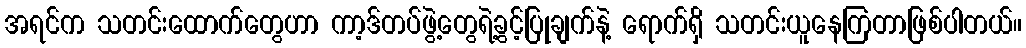
အရင်က သတင်းထောက်တွေဟာ ကာ့ဒ်တပ်ဖွဲ့တွေရဲ့ခွင့်ပြုချက်နဲ့ ရောက်ရှိ သတင်းယူနေကြတာဖြစ်ပါတယ်။